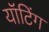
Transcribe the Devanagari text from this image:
यॉटिंग